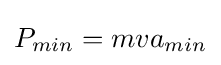
P_{min}=mva_{min}